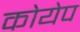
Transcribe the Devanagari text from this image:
कोयेप